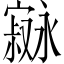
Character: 𫴇